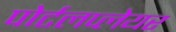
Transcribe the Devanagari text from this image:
पोर्टलप्लेयर